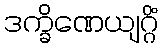
ဒက္ခိဏေယျဂ္ဂိံ